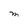
Character: M